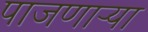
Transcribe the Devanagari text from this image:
पाजणाऱ्या